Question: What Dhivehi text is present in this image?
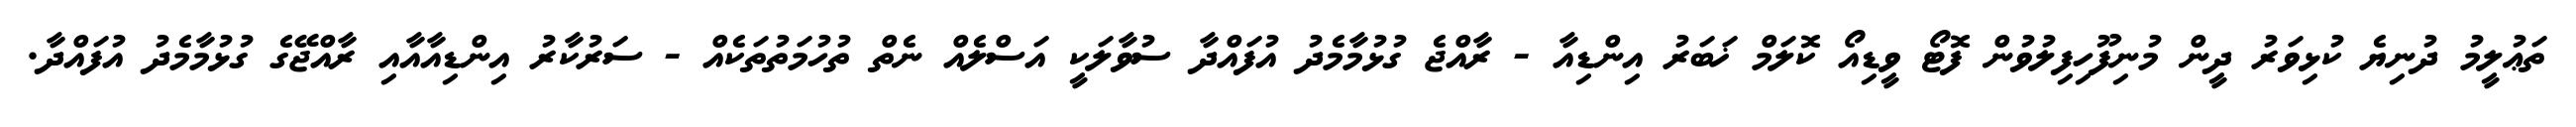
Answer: ތަޢުލީމު ދުނިޔެ ކުޅިވަރު ދީން މުނިފޫހިފިލުވުން ފޮޓޯ ވީޑިއޯ ކޮލަމް ޚަބަރު އިންޑިއާ - ރާއްޖެ ގުޅުމާމެދު އުފައްދާ ސުވާލަކީ އަސްލެއް ނެތް ތުހުމަތުތަކެއް - ސަރުކާރު އިންޑިއާއާއި ރާއްޖޭގެ ގުޅުމާމެދު އުފައްދާ.